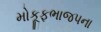
મોકૂફભાજપના